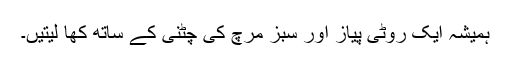
ہمیشہ ایک روٹی پیاز اور سبز مرچ کی چٹنی کے ساتھ کھا لیتیں۔